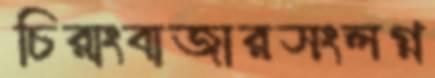
চিরাংবাজারসংলগ্ন